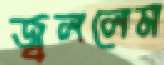
জ্বললেম